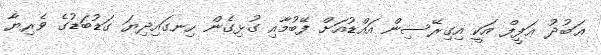
ޢަބުދު ޢަފީފް އަކީ އިގިރޭސިން އައްޑުއަށް ފޭބުމާއި ގުޅިގެން ހިނގައިދިޔަ ގަޑުބަޑުގެ ވެރިޔާ